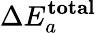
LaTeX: \Delta E_{a}^{\mathbf{total}}